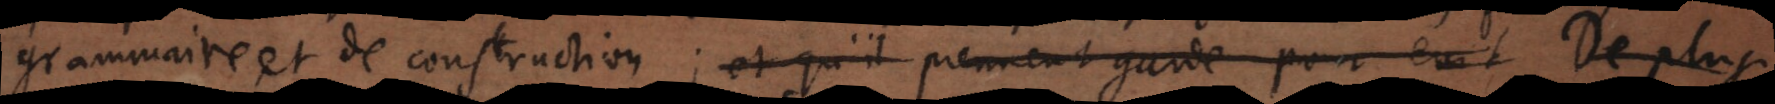
grammaire et de construction.; et qu’il prennent garde pour evit De